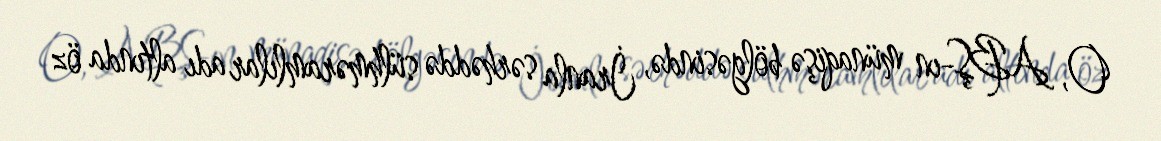
O, ABŞ-ın münaqişə bölgəsində, İranla sərhəddə sülhməramlılar adı altında öz